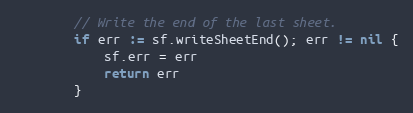
Language: Go
		// Write the end of the last sheet.
		if err := sf.writeSheetEnd(); err != nil {
			sf.err = err
			return err
		}